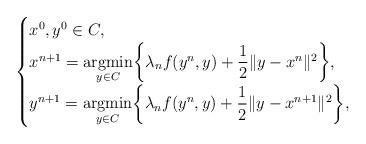
LaTeX: \begin{align*}\begin{cases}x^0,y^0\in C,\\x^{n+1}=\underset{y\in C}{\textup{argmin}}\bigg\{\lambda_n f(y^n,y)+\dfrac{1}{2}\|y-x^n\|^2\bigg\},\\y^{n+1}=\underset{y\in C}{\textup{argmin}}\bigg\{\lambda_n f(y^n,y)+\dfrac{1}{2}\|y-x^{n+1}\|^2\bigg\},\end{cases}\end{align*}